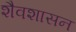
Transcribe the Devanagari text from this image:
शैवशासन